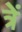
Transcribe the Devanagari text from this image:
त्रें